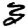
Digit: 3